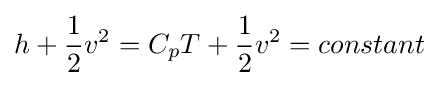
h+{\frac {1}{2}}v^{2}=C_{p}T+{\frac {1}{2}}v^{2}=constant